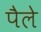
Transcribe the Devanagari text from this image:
पैले